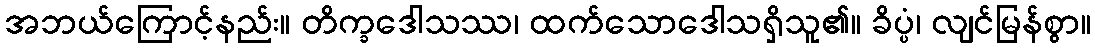
အဘယ်ကြောင့်နည်း။ တိက္ခဒေါသဿ၊ ထက်သောဒေါသရှိသူ၏။ ခိပ္ပံ၊ လျင်မြန်စွာ။